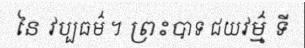
នៃ វប្បធម៌ ។ ព្រះបាទ ជយវម៌្ម ទី